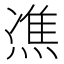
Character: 𤌞